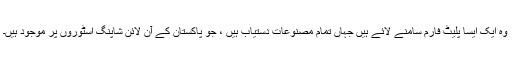
وہ ایک ایسا پلیٹ فارم سامنے لائے ہیں جہاں تمام مصنوعات دستیاب ہیں ، جو پاکستان کے آن لائن شاپنگ اسٹوروں پر موجود ہیں۔